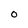
Character: 0